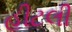
હીટલી